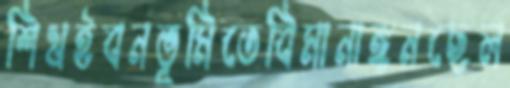
শিখইবনভূমিতেবিমানাঙ্গনছেল